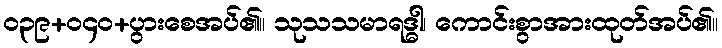
ဝ၃၉+ဝ၄၀+ပွားစေအပ်၏။ သုသသမာရဒ္ဓါ၊ ကောင်းစွာအားထုတ်အပ်၏။